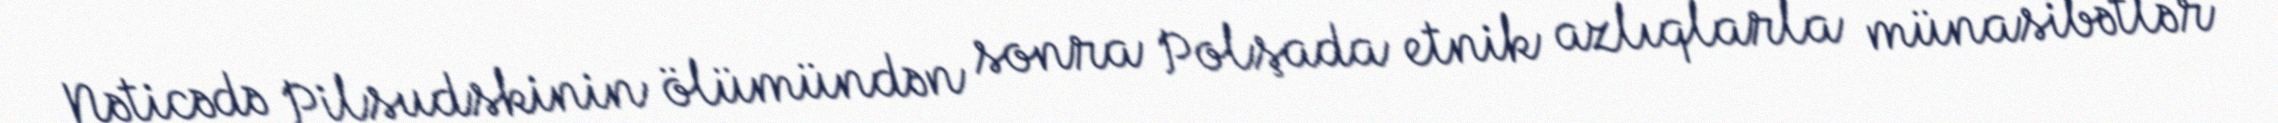
Nəticədə Pilsudskinin ölümündən sonra Polşada etnik azlıqlarla münasibətlər